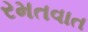
રમતવાત